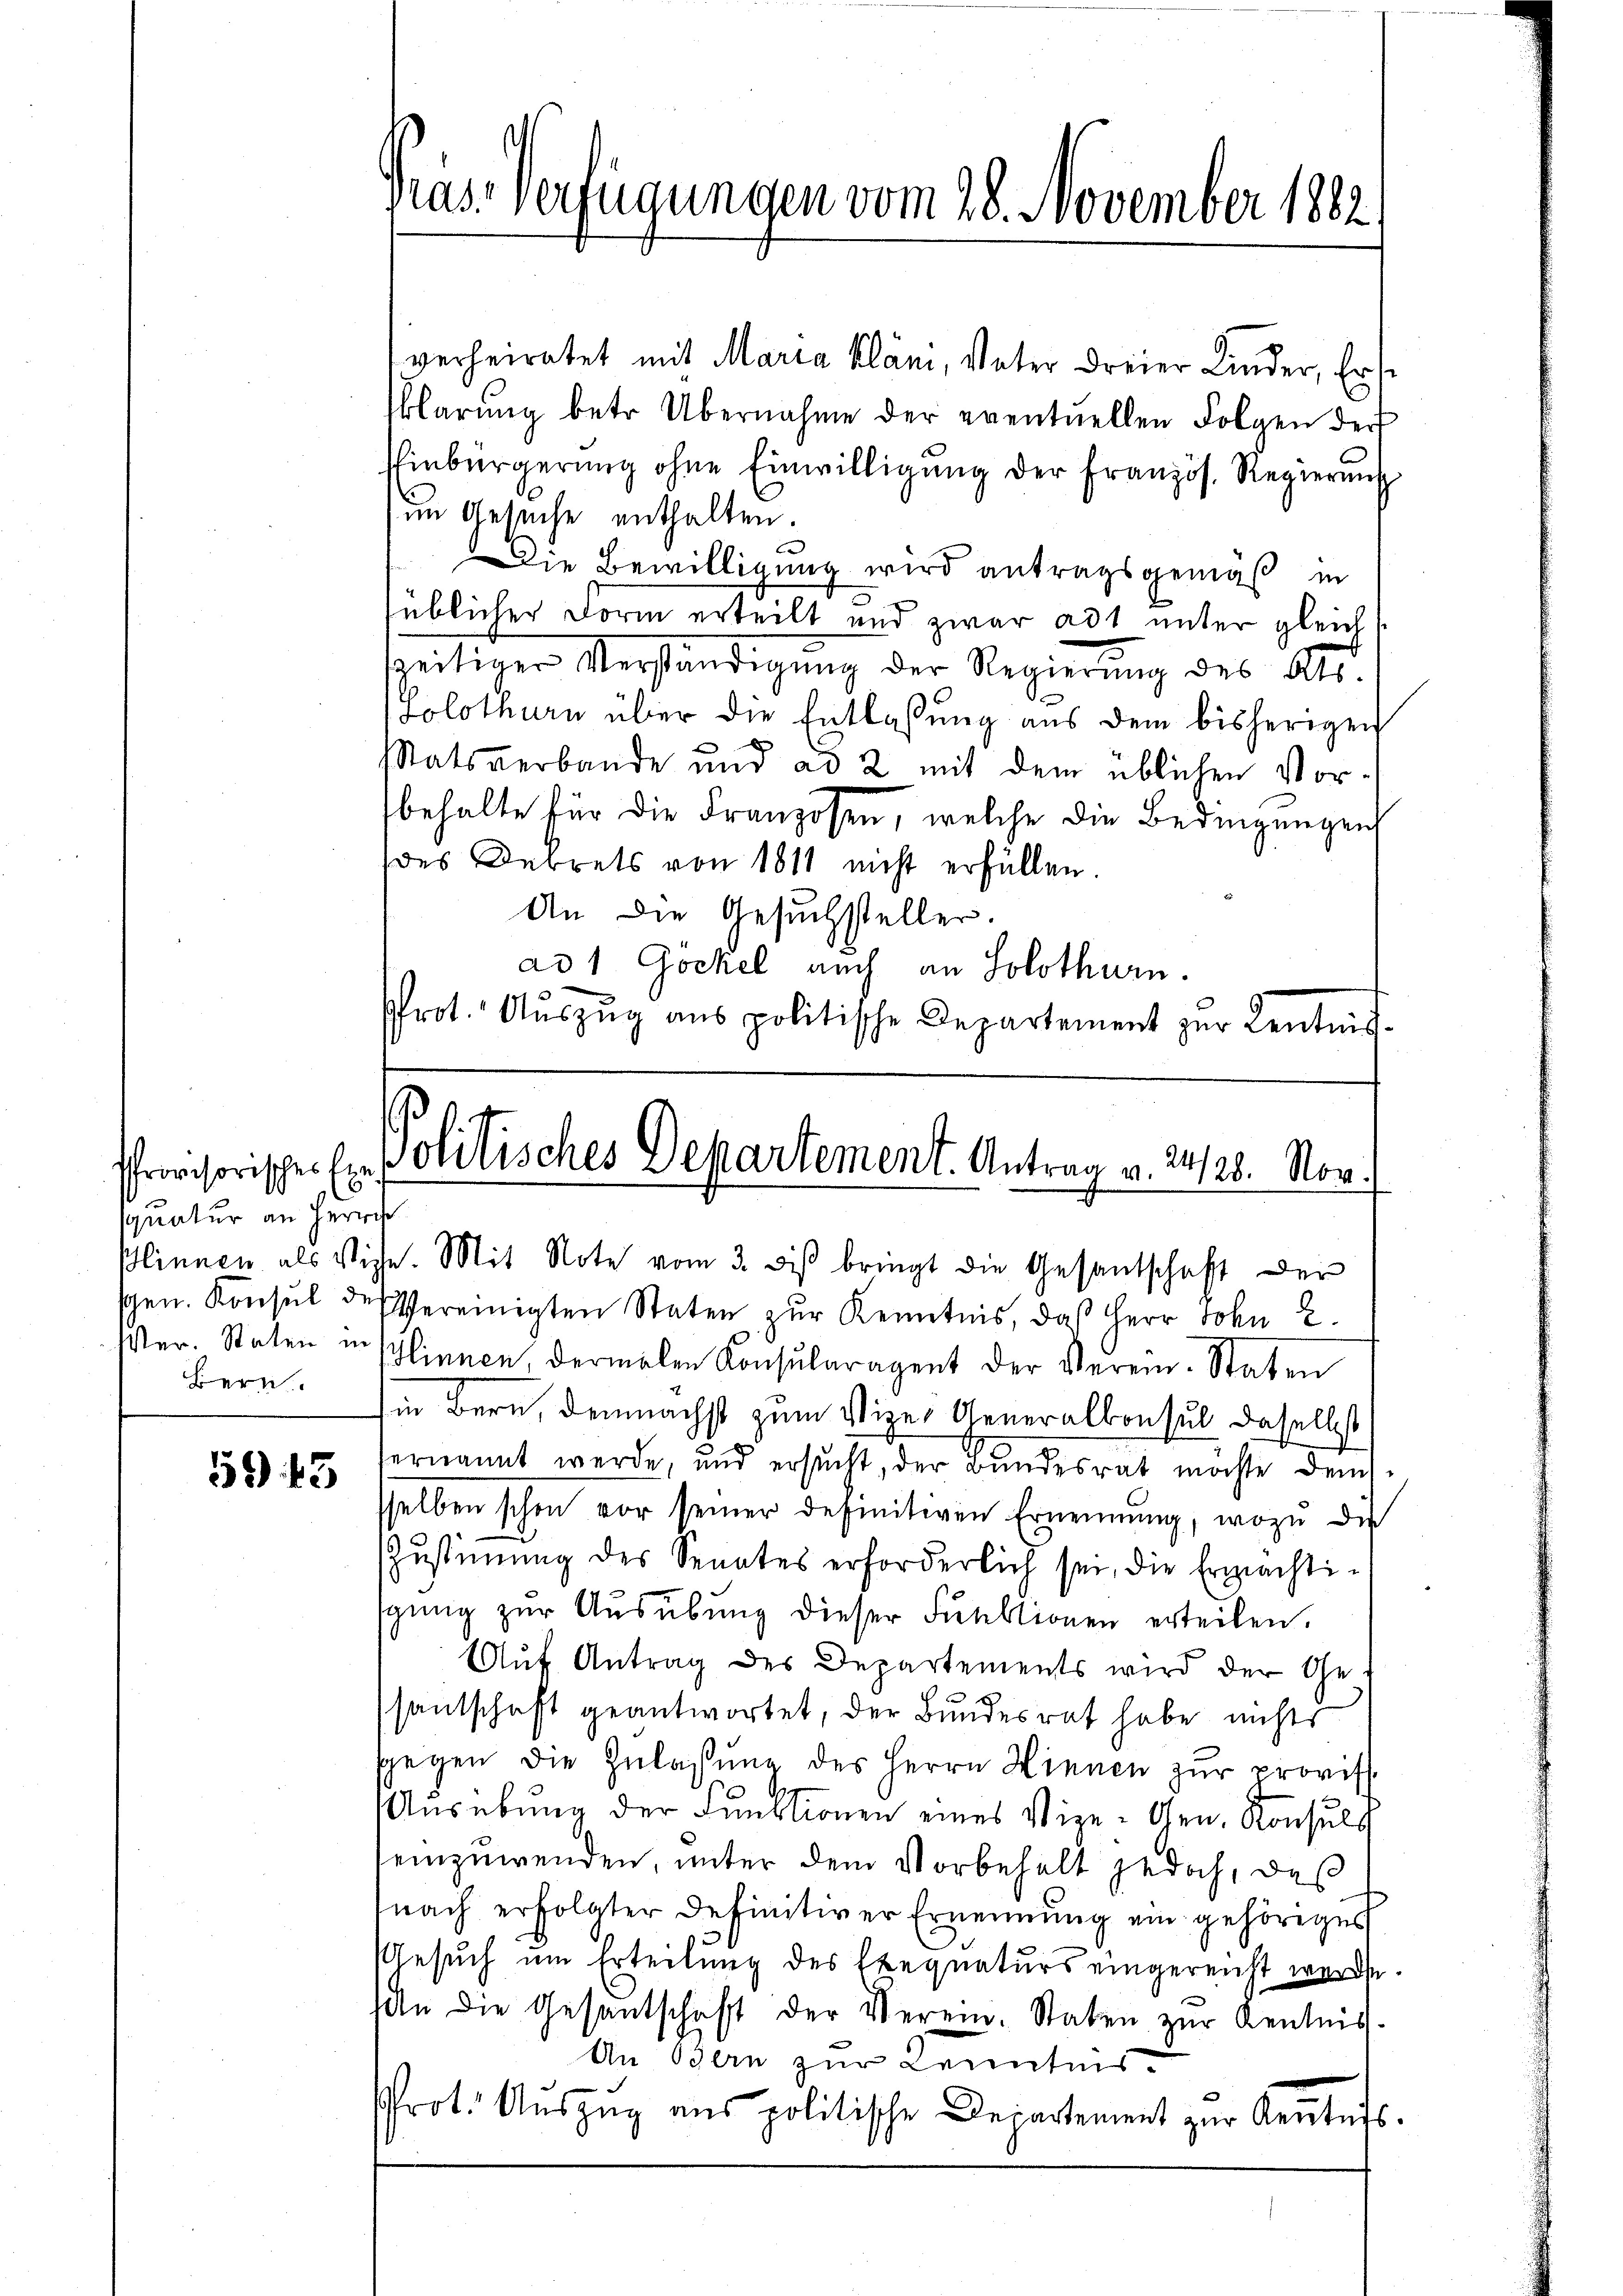
quatur an Herrch
Bern.

Pras-Verfügungen vom 28. November 1882

verheiratet mit Maria Klani, Vater dreier Kinder, Ers
klärŭng betr. Übernahme der eventuellen Folgen der
Einbürgerŭng ohne Einwilligŭng der Französ. Regierŭng
im Gesuche enthalten.
Die Bewilligung wird antragsgemäß in
üblicher Form erteilt und zwar ad unter gleich
szeitiger Verständigung der Regierung des Abs
Solothurn über die Entlassung aus dem bisherigen
t
tatsverbande und ad 2 mit dem üblichen Vorbehalte für die Franzosen, welche die Bedingungen
des Dekrets von 1811 nicht erfüllen.
An die Gesuchsteller.
ad 1 Gockel auch an Solothurn.
Prot. Aŭszŭg ans politische Departement zur Kentnis-

sgen. Konsul des Vereinigten Staten zur Kenntnis, daß Herr Sohn 2.
ster. Staten in Plinnen, dermalen Konsularagent der Verein-Staten
in Bern, demnächst zum Vize- Generalkonsul daselbst
556. 623 hernannt werde, und ersŭcht, der Bundesrat möchte dems
sselben schon vor seiner definitiven Ernennung, wozu die
Zustimmung des Senates erforderlich sei, die Ermächtisging zur Ausübung dieser Funktionen erteilen.
Auf Antrag des Departements wird der Gesantschaft geantwortet, der Bundesrat habe nichts
sgegen die Zulassŭng des Herrn Hinnen zŭr provis.
Ausübung der Funktionen eines Vize-Gen. Konsuls
einzuwenden, unter dem Vorbehalt jedoch, des
nach erfolgter definitiver Ernennung ein gehöriges
Gesuch um Erteilung des Exequaturs eingereicht werde.
seln die Gesantschaft der Verein. Staten zur Kentnis¬
An Bern zur Kenntnis
rot. Auszug aus politische Departement zur Kenntnis.

21
Provisorischer Ein Politisches Departement. Antrag a. 1128. Nov.
Blinnen als Viehe. Mit Note vom 3. des bringt die Gesantschaft der